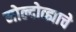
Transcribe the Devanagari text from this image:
मोल्दोव्ह्याचे